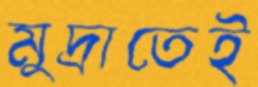
মুদ্রাতেই